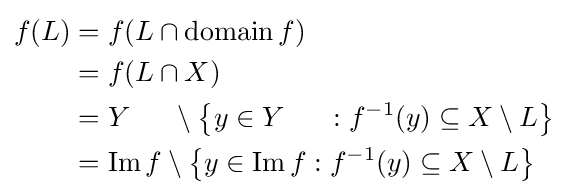
{\begin{alignedat}{4}f(L)&=f(L\cap \operatorname {domain} f)\\&=f(L\cap X)\\&=Y~~~~\,\setminus \left\{y\in Y~~~~\,:f^{-1}(y)\subseteq X\setminus L\right\}\\&=\operatorname {Im} f\setminus \left\{y\in \operatorname {Im} f:f^{-1}(y)\subseteq X\setminus L\right\}\\\end{alignedat}}